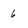
Character: 6